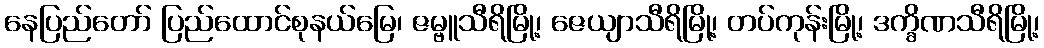
နေပြည်တော် ပြည်ထောင်စုနယ်မြေ၊ ဇမ္ဗူသီရိမြို့၊ ဇေယျာသီရိမြို့၊ တပ်ကုန်းမြို့၊ ဒက္ခိဏသီရိမြို့၊